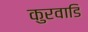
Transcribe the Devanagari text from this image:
कुरवाडि